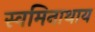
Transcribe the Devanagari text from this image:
स्वमिनाथाय